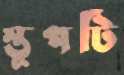
স্তূপটি